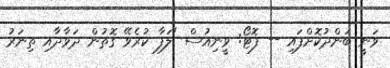
ވަނީ ބަންދުކޮށްފައި -- ފޮޓޯ: ވީނިއުސް "ލަފާ ކުރެވޭ ގޮތުން ދަވާދާއި ތިނަރު